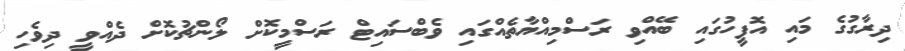
ދިރާގުގެ މައި އޮފީހުގައި ބޭއްވި ރަސްމިއްޔާތެއްގައި ވެބްސައިޓް ރަސްމީކޮށް ލޯންޗުކޮށް ދެއްވީ ދިވެހި